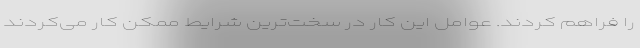
را فراهم کردند. عوامل این کار در سخت‌ترین شرایط ممکن کار می‌کردند